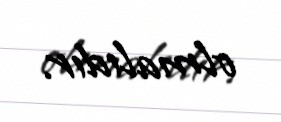
olmalıdır.